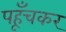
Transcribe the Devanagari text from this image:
पहूँचकर